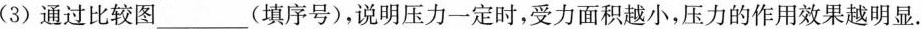
(3) 通过比较图___(填序号)，说明压力一定时，受力面积越小，压力的作用效果越明显.